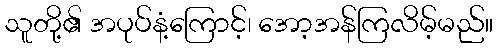
သူတို့၏ အပုပ်နံ့ကြောင့်၊ အော့အန်ကြလိမ့်မည်။